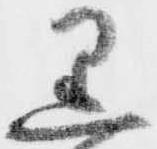
黒